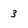
Character: 3